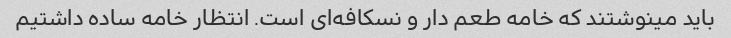
باید مینوشتند که خامه طعم دار و نسکافه‌ای است. انتظار خامه ساده داشتیم